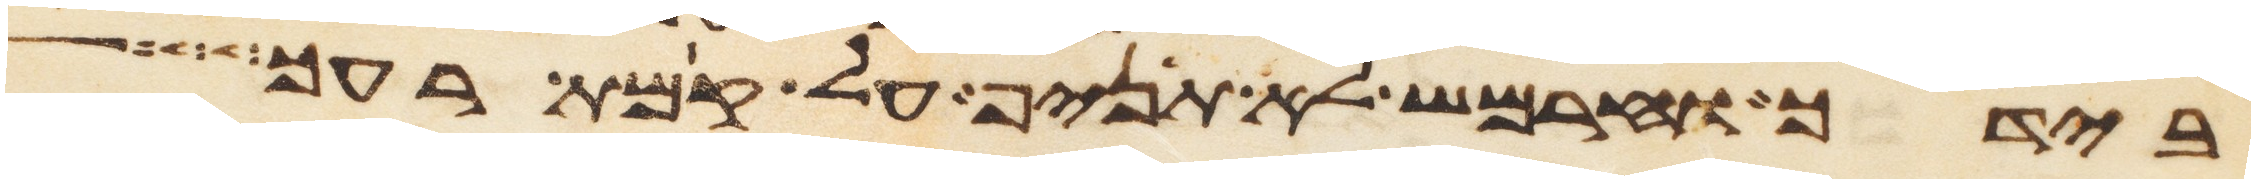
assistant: בידך וחרמש לא תניף על קמת רעך